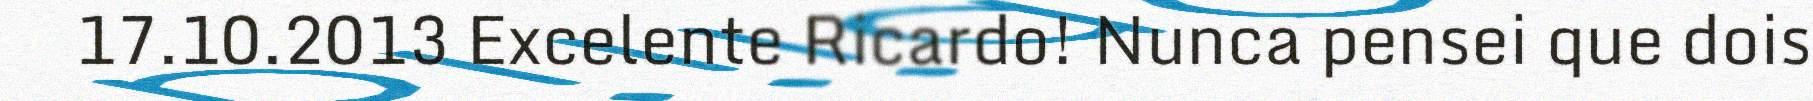
17.10.2013 Excelente Ricardo! Nunca pensei que dois